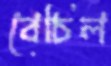
বেচিল